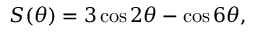
\begin{array} { r } { S ( \theta ) = 3 \cos 2 \theta - \cos 6 \theta , } \end{array}